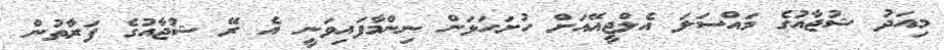
މިއަދު ޝުޖާއުގެ މައްސަަލަ އެލްޖީއޭއަށް ހުށަހަޅަން ނިންމާފައިވަނީ އެ ރޭ ޝުޖާއުގެ ފަރާތުން